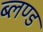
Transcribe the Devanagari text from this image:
ब्लण्ड